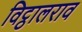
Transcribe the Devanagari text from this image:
विट्ठालराव